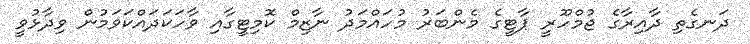
ދަނގެތި ދާއިރާގެ ޖުމްހޫރީ ޕާޓީގެ މެންބަރު މުހައްމަދު ނާޒިމް ކޮމިޓީގާއި ވާހަކަދައްކަވަމުން ވިދާޅުވީ